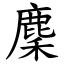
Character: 麇